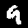
Label: 9